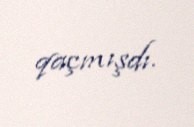
qaçmışdı.